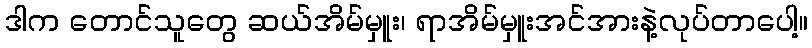
ဒါက တောင်သူတွေ ဆယ်အိမ်မှူး၊ ရာအိမ်မှူးအင်အားနဲ့လုပ်တာပေါ့။